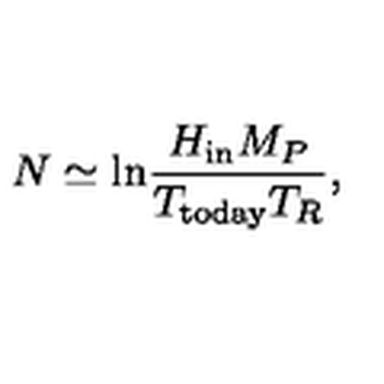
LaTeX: N \simeq \mathrm { l n } { \frac { H _ { \mathrm { i n } } M _ { P } } { T _ { \mathrm { t o d a y } } T _ { R } } } ,